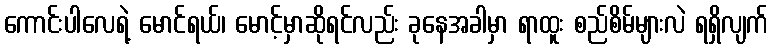
ကောင်းပါလေရဲ့ မောင်ရယ်၊ မောင့်မှာဆိုရင်လည်း ခုနေအခါမှာ ရာထူး စည်စိမ်များလဲ ရရှိလျက်